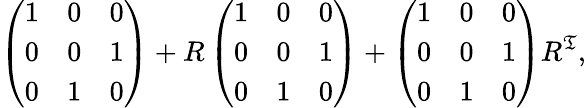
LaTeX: \left(\begin{array}{lll}{{1}}&{{0}}&{{0}}\\ {{0}}&{{0}}&{{1}}\\ {{0}}&{{1}}&{{0}}\end{array}\right)+R\left(\begin{array}{lll}{{1}}&{{0}}&{{0}}\\ {{0}}&{{0}}&{{1}}\\ {{0}}&{{1}}&{{0}}\end{array}\right)+\left(\begin{array}{lll}{{1}}&{{0}}&{{0}}\\ {{0}}&{{0}}&{{1}}\\ {{0}}&{{1}}&{{0}}\end{array}\right)R^{\mathfrak{T}},